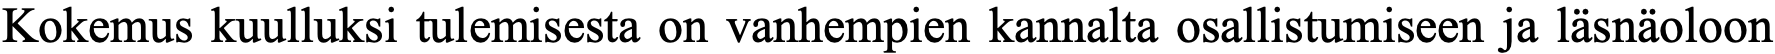
Kokemus kuulluksi tulemisesta on vanhempien kannalta osallistumiseen ja läsnäoloon